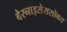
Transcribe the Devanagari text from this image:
बेरनाइसेससोबत